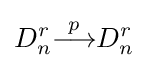
D_{n}^{r}{\overset {p}{\longrightarrow }}D_{n}^{r}